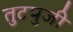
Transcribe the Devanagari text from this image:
तुटपुजी